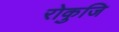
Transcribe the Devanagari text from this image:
रोकुजि